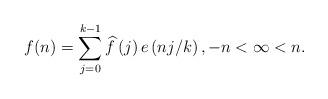
LaTeX: \begin{align*}f(n)=\sum\limits_{j=0}^{k-1}\widehat{f}\left( j\right) e\left( nj/k\right),-n<\infty<n.\end{align*}